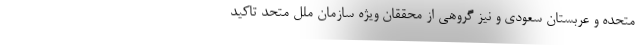
متحده و عربستان سعودی و نیز گروهی از محققان ویژه سازمان ملل متحد تاکید